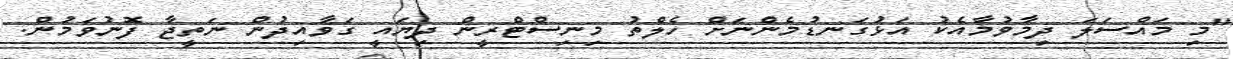
"މި މައްސަލަ ދިމާވުމާއެކު އަޅުގަނޑުމެންނަށް ހެލްތު މިނިސްޓްރީން ދިޔައީ ގަވާއިދުން ނަތީޖާ ފޮނުވަމުން.